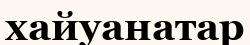
хайуанатар